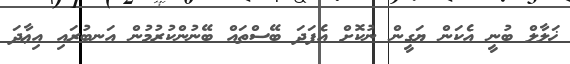
ޚަލާލް ބުނީ އެކަން ޔަގީން ނުކޮށް އެފަދަ ބޭސްތައް ބޭނުންކުރުމުން އަނބުރައި އިޢާދަ